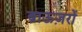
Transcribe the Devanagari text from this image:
ब्राऊज़रों